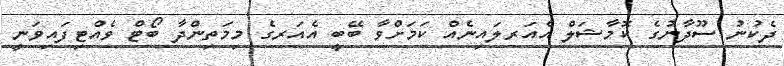
ދެކުނު ސޫދާނުގެ ކޮމާޝަލް އެއަރލައިނެއް ކަމަށްވާ ބޭބީ އެއަރގެ މިމަތިންދާ ބޯޓް ވެއްޓިފައިވަނީ